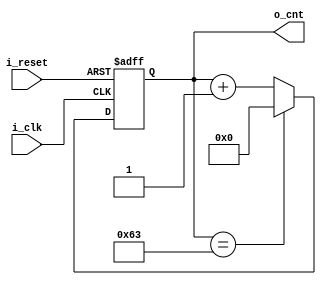
`timescale 1ns / 1ps


module counter(
    input i_clk, i_reset,
    output [31:0] o_cnt
    );
    
    parameter TOP_COUNT = 100;
    
    reg [31:0] r_cnt = 0;
    assign o_cnt = r_cnt;
    
    always @(posedge i_clk or posedge i_reset) begin
        if (i_reset) r_cnt <= 0;
        else begin
            if (r_cnt == TOP_COUNT - 1) r_cnt <= 0;
            else r_cnt <= r_cnt + 1;
        end
    end
endmodule